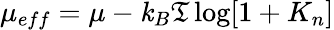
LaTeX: \mu_{eff}=\mu-\mathit{k}_{B}\mathfrak{T}\log[1+K_{n}]